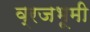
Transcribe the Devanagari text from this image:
व्रजभूमी